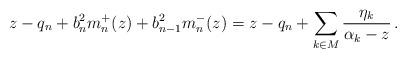
LaTeX: \begin{align*} z-q_n+b_n^2m_n^+(z)+b_{n-1}^2m_n^-(z)=z-q_n+\sum_{k\in M}\frac{\eta_k}{\alpha_k-z}\,. \end{align*}